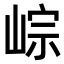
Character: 𡸶